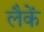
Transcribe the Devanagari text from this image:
लैकें